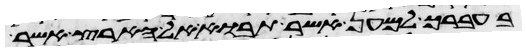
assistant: בעברך למען אשר תבוא אל הארץ אשר